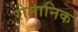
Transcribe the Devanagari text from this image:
रोमानिक